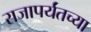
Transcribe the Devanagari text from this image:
राजापर्यंतच्या